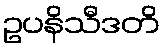
ဥပနိသီဒတိ